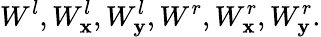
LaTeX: {{W}^{l}},W_{\mathbf{x}}^{l},W_{\mathbf{y}}^{l},{{W}^{r}},W_{\mathbf{x}}^{r},W_{\mathbf{y}}^{r}.